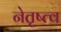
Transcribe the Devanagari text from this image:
नेतृष्त्व